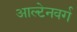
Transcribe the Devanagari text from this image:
आल्टेनवर्ग